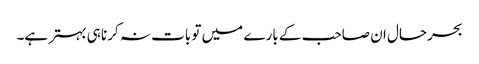
بحرحال ان صاحب کے بارے میں تو بات نہ کرنا ہی بہتر ہے۔